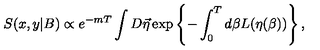
S ( x , y | B ) \propto e ^ { - m T } \int D \vec { \eta } \exp \left\{ - \int _ { 0 } ^ { T } d \beta L ( \eta ( \beta ) ) \right\} ,